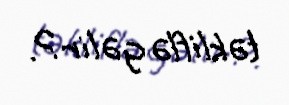
təkliflə gəlir?.